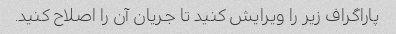
پاراگراف زیر را ویرایش کنید تا جریان آن را اصلاح کنید.